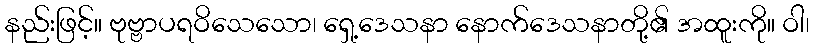
နည်းဖြင့်။ ဗုဗ္ဗာပရဝိသေသော၊ ရှေ့ဒေသနာ နောက်ဒေသနာတို့၏ အထူးကို။ ဝါ၊